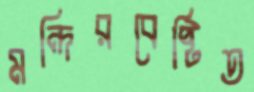
মন্দিরবেষ্টিত